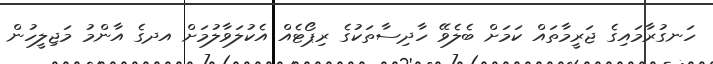
ހަނގުރާމައިގެ ޖަރީމާތައް ކަމަށް ބެލެވޭ ހާދިސާތަކުގެ ރިޕޯޓެއް އެކުލަވާލުމަށް އދގެ އާންމު މަޖިލީހުން